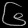
Digit: ၆